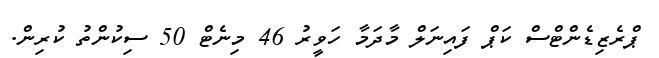
ޕްރެޒިޑެންޓްސް ކަޕް ފައިނަލް މާދަމާ ހަވީރު 46 މިނެޓް 50 ސިކުންތު ކުރިން.